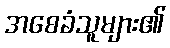
အစေခံသူများ၏